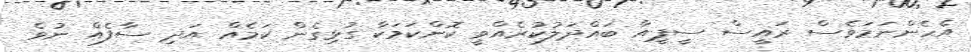
އެހެންނަމަވެސް ރައީސް ސީޕީއާ ބައްދަލުކުރެއްވީ ކޮންކަމަކާ ގުޅިގެން ކަމެއް އަދި ސާފެއް ނުވެ